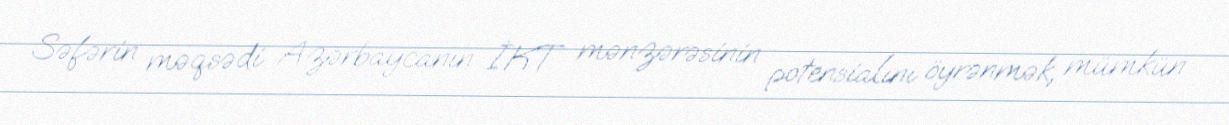
Səfərin məqsədi Azərbaycanın İKT mənzərəsinin potensialını öyrənmək, mümkün